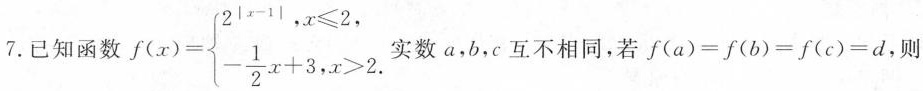
7.已知函数$$f(x)= \left\{ \begin{matrix} 2^{|x-1|},x \leq 2, \\ - \frac{1}{2}x+3,x>2. \end{matrix} \right.$$ 实数a，b，c互不相同，若$$f(a)=f(b)=f(c)=d$$，则